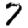
Digit: 7